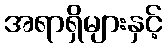
အရာရှိများနှင့်